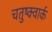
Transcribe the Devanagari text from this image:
चतुष्क्वार्क